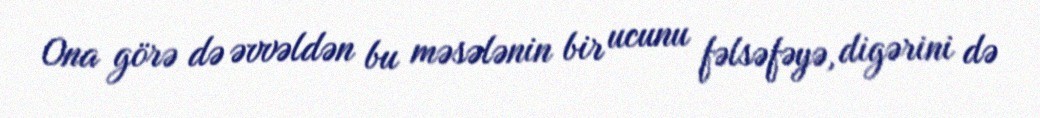
Ona görə də əvvəldən bu məsələnin bir ucunu fəlsəfəyə, digərini də